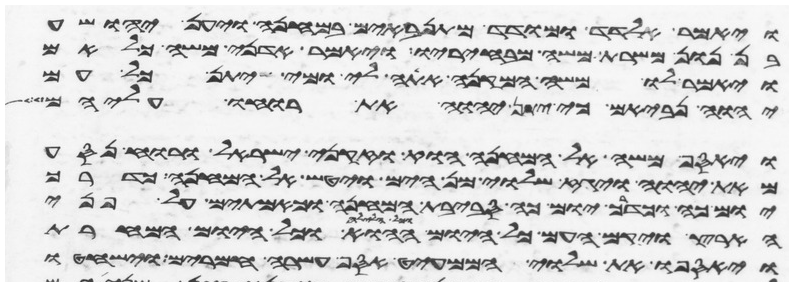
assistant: ויאמר אלדד ומודד מתנאבים במחנה ויען יהושע
בן נון משרת משה מבחיריו ויאמר אדני משה כלאם
ויאמר לו משה המקנא אתה לי ומי יתן כל עם
יהוה נביאים כי יתן יהוה את רוחו עליהם
ויאסף משה אל המחנה הוא וזקני ישראל ורוח נסע
מאת יהוה ויגז שלוי מן הים ויטש אל המחנה כדרך
יום כה וכדרך יום כה סביבת המחנה וכאמתים על פני
הארץ ויקם העם כל היום ההוא וכל הלילה וכל היום המחרת
ויאספו את השלוי הממעיט אסף עשרה חמרים וישחטו